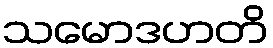
သမောဒဟတိ